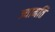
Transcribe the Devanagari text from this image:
ज्यामति